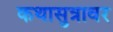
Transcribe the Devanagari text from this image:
कथासुत्रावर